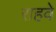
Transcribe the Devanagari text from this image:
राहवे